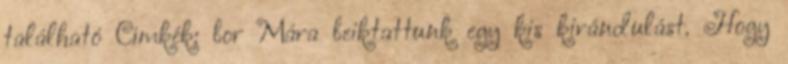
található Címkék: bor Mára beiktattunk egy kis kirándulást. Hogy